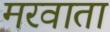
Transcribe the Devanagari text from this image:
मरवाता